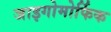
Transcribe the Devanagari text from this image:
जाइगोमोर्फिक